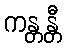
ကန္တန္တီ